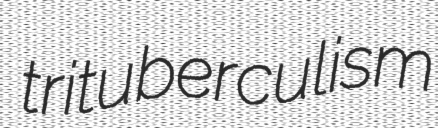
trituberculism